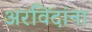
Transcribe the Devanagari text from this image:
अरविंदांना